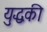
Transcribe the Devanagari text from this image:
युद्धकी